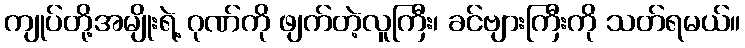
ကျုပ်တို့အမျိုးရဲ့ ဂုဏ်ကို ဖျက်တဲ့လူကြီး၊ ခင်ဗျားကြီးကို သတ်ရမယ်။